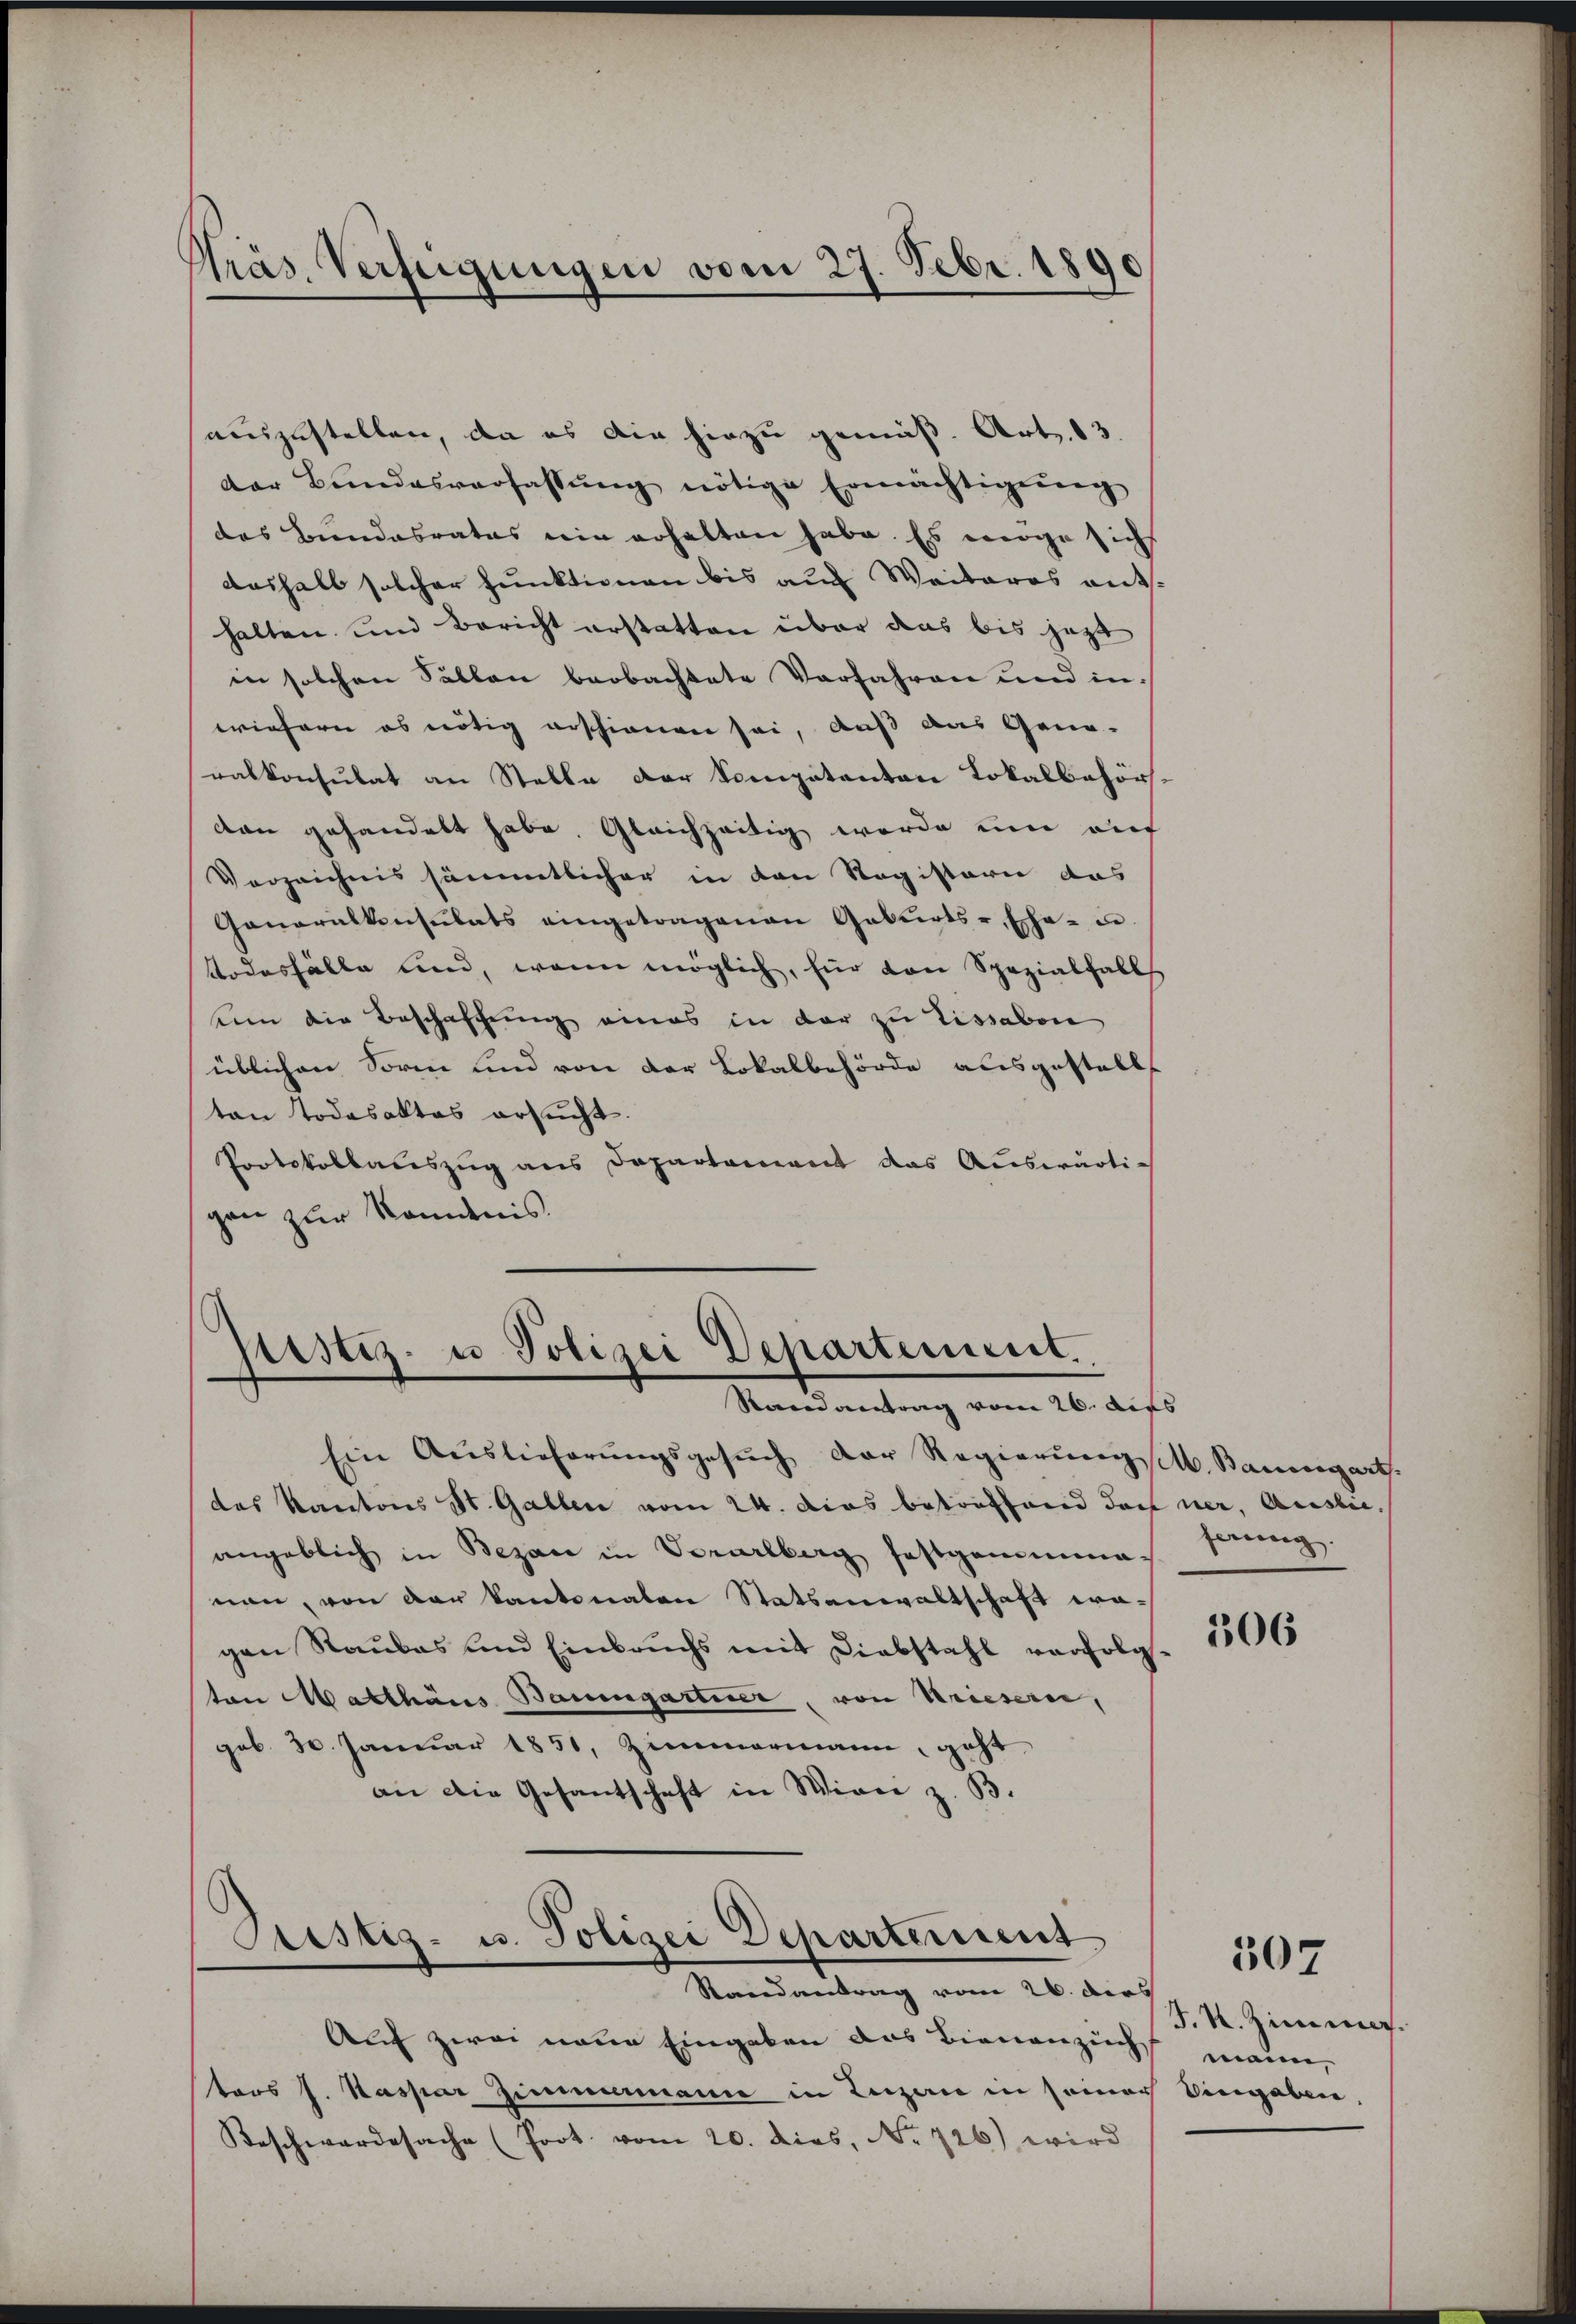
Präs. Verfügungen vom 27. Febr. 1890

auszustellen, da es die hiezu gemäß Art. 13.
der Bundesverfassŭng nötige Ermächtigŭng
des Bundesrates ein erhalten habe. Es möge sich
aushalb solcher Funktionen bis auf Weiteres entshalten und Bericht erstatten über das bis jetzt
in solchen Sollen beobachtete Verfahren und in
wiefern es nötig erschienen sei, auß das Gene-
ralkonsulat an Stelle der Kompetenten Lokalbehörs.
don gehandelt habe. Gleichzeitig werde um au
Verzeichnis sämmtlicher in den Registerie das
Ganaralkonsulats eingetragenen Geburts-, Ehe- u
Todesfälle und, wenn möglich, für den Spezialfall
sein die Beschaffung eines in der zu Lissabon
üblichen Sorm und von der Lokalbehörde ausgestellt
ton Todesaktes ersucht.
Protokollauszug aus Departament das Auswärtigan zur Kenntnis.

Justiz- u Polizei Departement.
Randvertrag vom 26. dies

Ein Auslieferŭngsgesŭch der Regierŭngsch. Baumgart.
das Kantons St. Gallen vom 24. Das betreffend doch ner, Auslie
angeblich in Bezau in Vorarlberg festgeminanen, von der kantonalen Statsanwaltschaft wagen Raubes und Einbruchs mit Diebstahl verfolgton Matthäus Baumgartine, von Kriesern,
gob. 30. Januar 1851, Zimmermann, geht
an die Gesantschaft in Wien z. B.

Geistig- u. Polizei Departement

Randantrag vom 26. dies
Auf zwei neue Eingaben das Bienenzucht mann,
ters J. Kaspar Zimmermann in Luzern in seiner Eingaben,
Beschwerdesache (Prot. vom 20. dies, No 726) wird

ferung.

106

307

J. R. Zimmer.